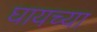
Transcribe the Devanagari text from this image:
घायच्या